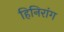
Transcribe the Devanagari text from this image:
हिनिरांग